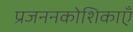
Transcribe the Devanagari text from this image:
प्रजननकोशिकाएँ